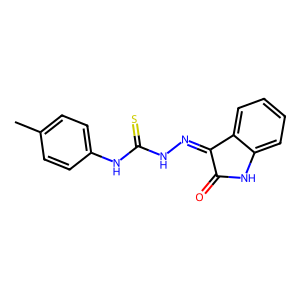
SMILES: Cc1ccc(NC(=S)NN=C2C(=O)Nc3ccccc32)cc1
Inhibits HIV replication: No